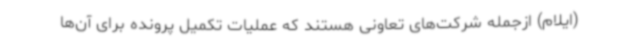
(ایلام) ازجمله شرکت‌های تعاونی هستند که عملیات تکمیل پرونده برای آن‌ها